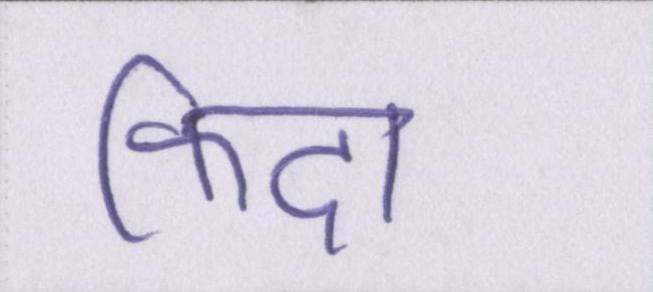
फिदा